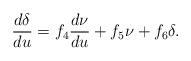
LaTeX: \begin{align*} \frac{d\delta}{du}=f_4\frac{d\nu}{du}+f_5\nu+f_6\delta.\end{align*}